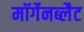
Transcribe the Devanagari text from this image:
मॉर्गेनब्लैट